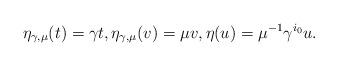
LaTeX: \begin{align*}\eta_{\gamma,\mu}(t) = \gamma t,\eta_{\gamma,\mu}(v) = \mu v, \eta(u) = \mu^{-1}\gamma^{i_0} u.\end{align*}